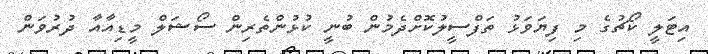
އިޓަލީ ކޯޗުގެ މި ފިޔަވަޅު ތަފްސީލުކޮށްދެމުން ބުނީ ކުޅުންތެރިން ސޯޝަލް މީޑިއާއާ ދުރުވަން